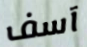
آسف